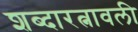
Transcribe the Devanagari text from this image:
शब्दारत्नावली